Vaccination report Assam 1874-1896 - 1874-1896
Year: 1874
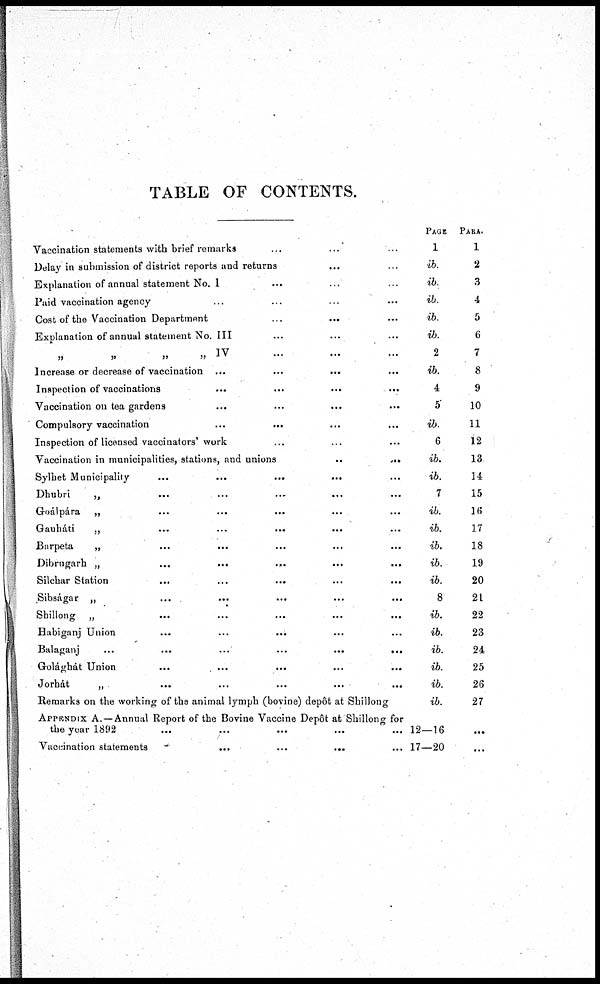
TABLE OF CONTENTS.
Vaccination statements with brief remarks ... ... ...
Delay in submission of district reports and returns ... ...
Explanation of annual statement No. 1 ... ... ...
Paid vaccination agency ... ... ... ...
Cost of the Vaccination Department
...
... ...
Explanation of annual statement No.III ... ... ...
„ „ „ „ IV
...
...
...
Increase or decrease of vaccination ... ... ... ...
Inspection of vaccinations
...
...
...
...
Vaccination on tea gardens ... ... ... ...
Compulsory vaccination
...
... ... ...
Inspection of licensed vaccinators'work ... ... ...
Vaccination in municipalities, stations, and unions
... ...
Sylhet Municipality
...
...
...
... ...
Dhubri
„ ... ... ... ... ...
Goálpára „ ... ... ... ... ...
Gauháti
„ ... ... ... ... ...
Barpeta
„ ... ... ... ... ...
Dibrugarh „
...
...
...
...
...
Silchar Station
...
...
...
...
...
Sibságar „
...
...
...
...
...
Shillong „ ... ... ... ... ...
Habiganj Union
...
...
... ... ...
Balaganj
...
...
...
...
...
...
Golághát Union
...
...
...
...
...
Jorbát
„
...
...
...
...
...
Remarks on the working of the animal lymph (bovine) depôt at Shillong
APPENDIX A.—Annual Report of the Bovine Vaccine Depôt at Shillong for
the year 1892
...
...
...
...
...
Vaccination statements
...
...
...
...
...
PAGE
1
ib.
ib.
ib.
ib.
ib.
2
ib.
4
5
ib.
6
ib.
ib.
7
ib.
ib.
ib.
ib.
ib.
8
ib.
ib.
ib.
ib.
ib.
ib.
12—16
17—20
PARA.
1
2
3
4
5
6
7
8
9
10
11
12
13
14
15
16
17
18
19
20
21
22
23
24
25
26
27
...
...